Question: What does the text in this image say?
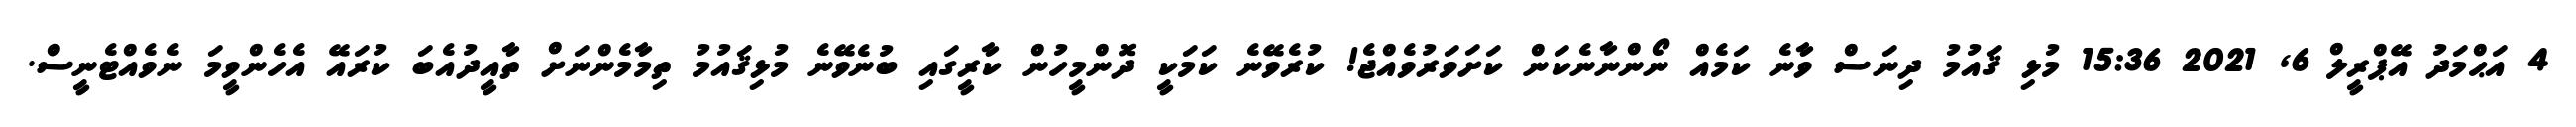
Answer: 4 އަޙްމަދު އޭޕްރީލް 6, 2021 15:36 މުޅި ޤައުމު ދިނަސް ވާނެ ކަމެއް ނޯންނާނެކަން ކަށަވަރުވެއްޖެ! ކުރެވޭނެ ކަމަކީ ދޮންމީހުން ކާރީގައި ބުނެވޭނެ މުޅިޤައުމު ތިމާމެންނަށް ތާއީދުއެބަ ކުރައޭ އެހެންވީމަ ނެވެއްޓެނީސް.